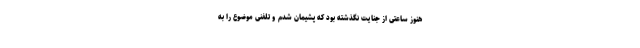
هنوز ساعتی از جنایت نگذشته بود که پشیمان شدم و تلفنی موضوع را به